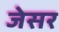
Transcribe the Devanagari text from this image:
जेसर